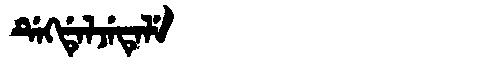
Manchu: ᡩᡝᡴᡩᡝᠯᠵᡝᡨᡝᠯᡝ
Romanization: DEKDELJETELE